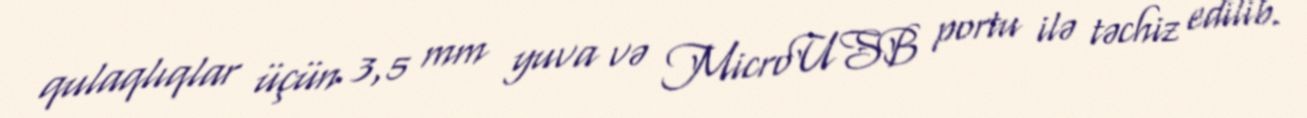
qulaqlıqlar üçün 3,5 mm yuva və MicroUSB portu ilə təchiz edilib.